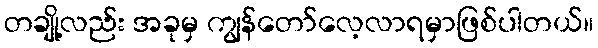
တချို့လည်း အခုမှ ကျွန်တော်လေ့လာရမှာဖြစ်ပါတယ်။